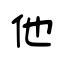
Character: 他